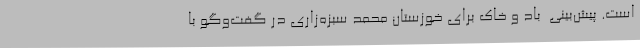
است. پیش‌بینی  باد و خاک برای خوزستان محمد سبزه‌زاری در گفت‌وگو با